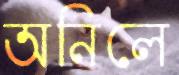
অনিলে